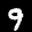
Label: 9